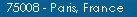
Z5008-Paris France